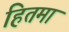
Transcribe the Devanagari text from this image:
हितमा